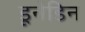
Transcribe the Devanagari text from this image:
डूनेडिन